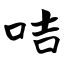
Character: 咭